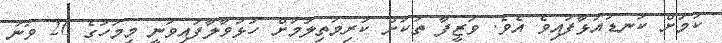
ކަމަށް ކަނޑައަޅާފައިވެ އެވެ. ވަޒީފާ ތަކަށް ކުރިމަތިލުމަށް ހުޅުވާލާފައިވަނީ މިމަހުގެ 26 ވަނަ